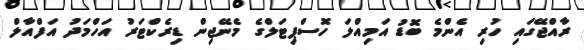
ރާއްޖޭގައި ހުރި އެންމެ ބޮޑު އަމިއްލަ ހޮސްޕިޓަލްގެ މެނޭޖިން ޑިރެކްޓަރު އަހްމަދު އަފްއާލް